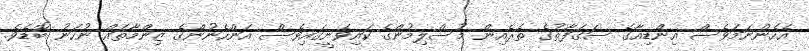
އެހެންނަމަވެސް އިންޑިއާގެ ސަގަފާތުގެ ތެރެއިން މުސްލިމުންގެ ކައިވެނީގައިވެސް އަންހެނުންގެ ޒިންމާތައް ނުހަނު ބޮޑެވެ.